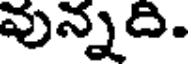
వున్నది.